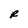
Character: R